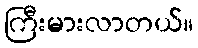
ကြီးမားလာတယ်။